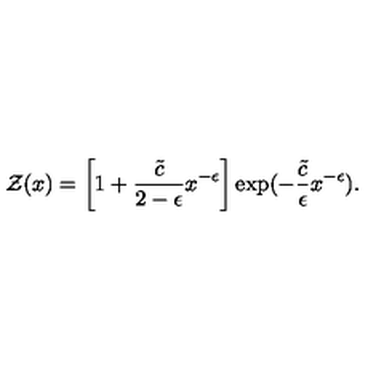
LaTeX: { \cal Z } ( x ) = \left[ 1 + { \frac { \tilde { c } } { 2 - \epsilon } } x ^ { - \epsilon } \right] \exp ( - { \frac { \tilde { c } } { \epsilon } } x ^ { - \epsilon } ) .